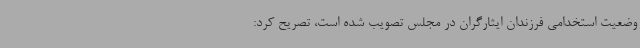
وضعیت استخدامی فرزندان ایثارگران در مجلس تصویب شده است، تصریح کرد: